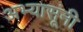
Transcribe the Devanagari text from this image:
अभ्यासूंनी